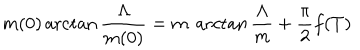
m ( 0 ) \operatorname { a r c t a n } \frac { \Lambda } { m ( 0 ) } = m \ \operatorname { a r c t a n } \frac { \Lambda } { m } + \frac { \pi } { 2 } f ( T )